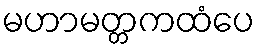
မဟာမတ္တကထံပေ